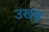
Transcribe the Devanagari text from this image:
उखन्न